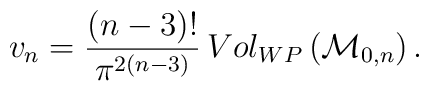
v_n =\frac{(n-3)!}{\pi^{2(n-3)}} \,Vol_{WP}\left({\cal M}_{0,n}\right).